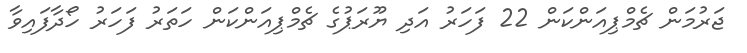
ޖަރުމަން ޗެމްޕިއަންކަން 22 ފަހަރު އަދި ޔޫރަޕުގެ ޗެމްޕިއަންކަން ހަތަރު ފަހަރު ހޯދާފައިވާ